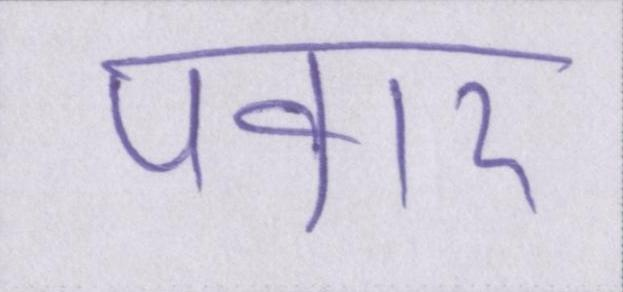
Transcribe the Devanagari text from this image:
पवार